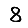
Digit: 8